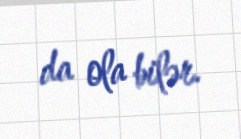
da ola bilər.